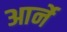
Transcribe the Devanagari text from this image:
आर्ने